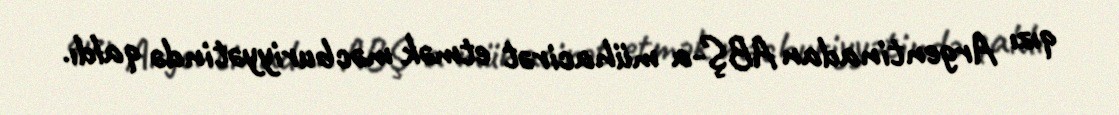
qızı Argentinadan ABŞ-a mühacirət etmək məcburiyyətində qaldı.